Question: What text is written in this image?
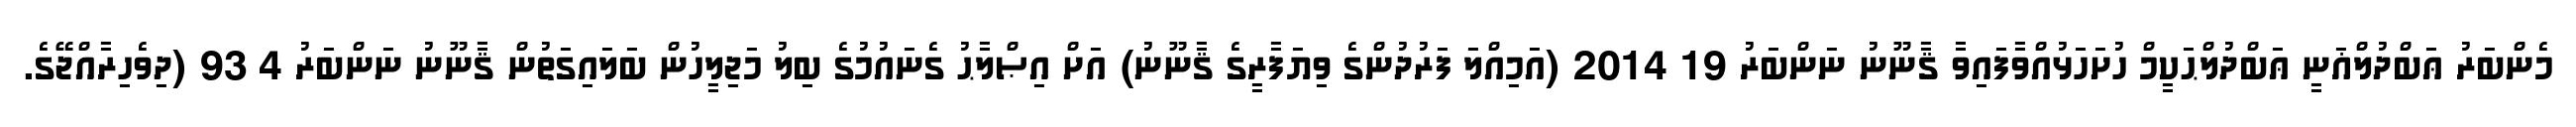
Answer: މެންބަރު ޢަބްދުލްޣަނީ ޢަބްދުލްޙަކީމް ހުށަހަޅުއްވާފައިވާ ޤާނޫނު ނަންބަރު 19 2014 (އަމިއްލަ ފަރުދުންގެ ވިޔަފާރީގެ ޤާނޫނު) އަށް އިޞްލާޙު ގެނައުމުގެ ބިލު މަޖިލީހުން ބަލައިގަތުން ޤާނޫނު ނަންބަރު 4 93 (ދިވެހިރާއްޖޭގެ.